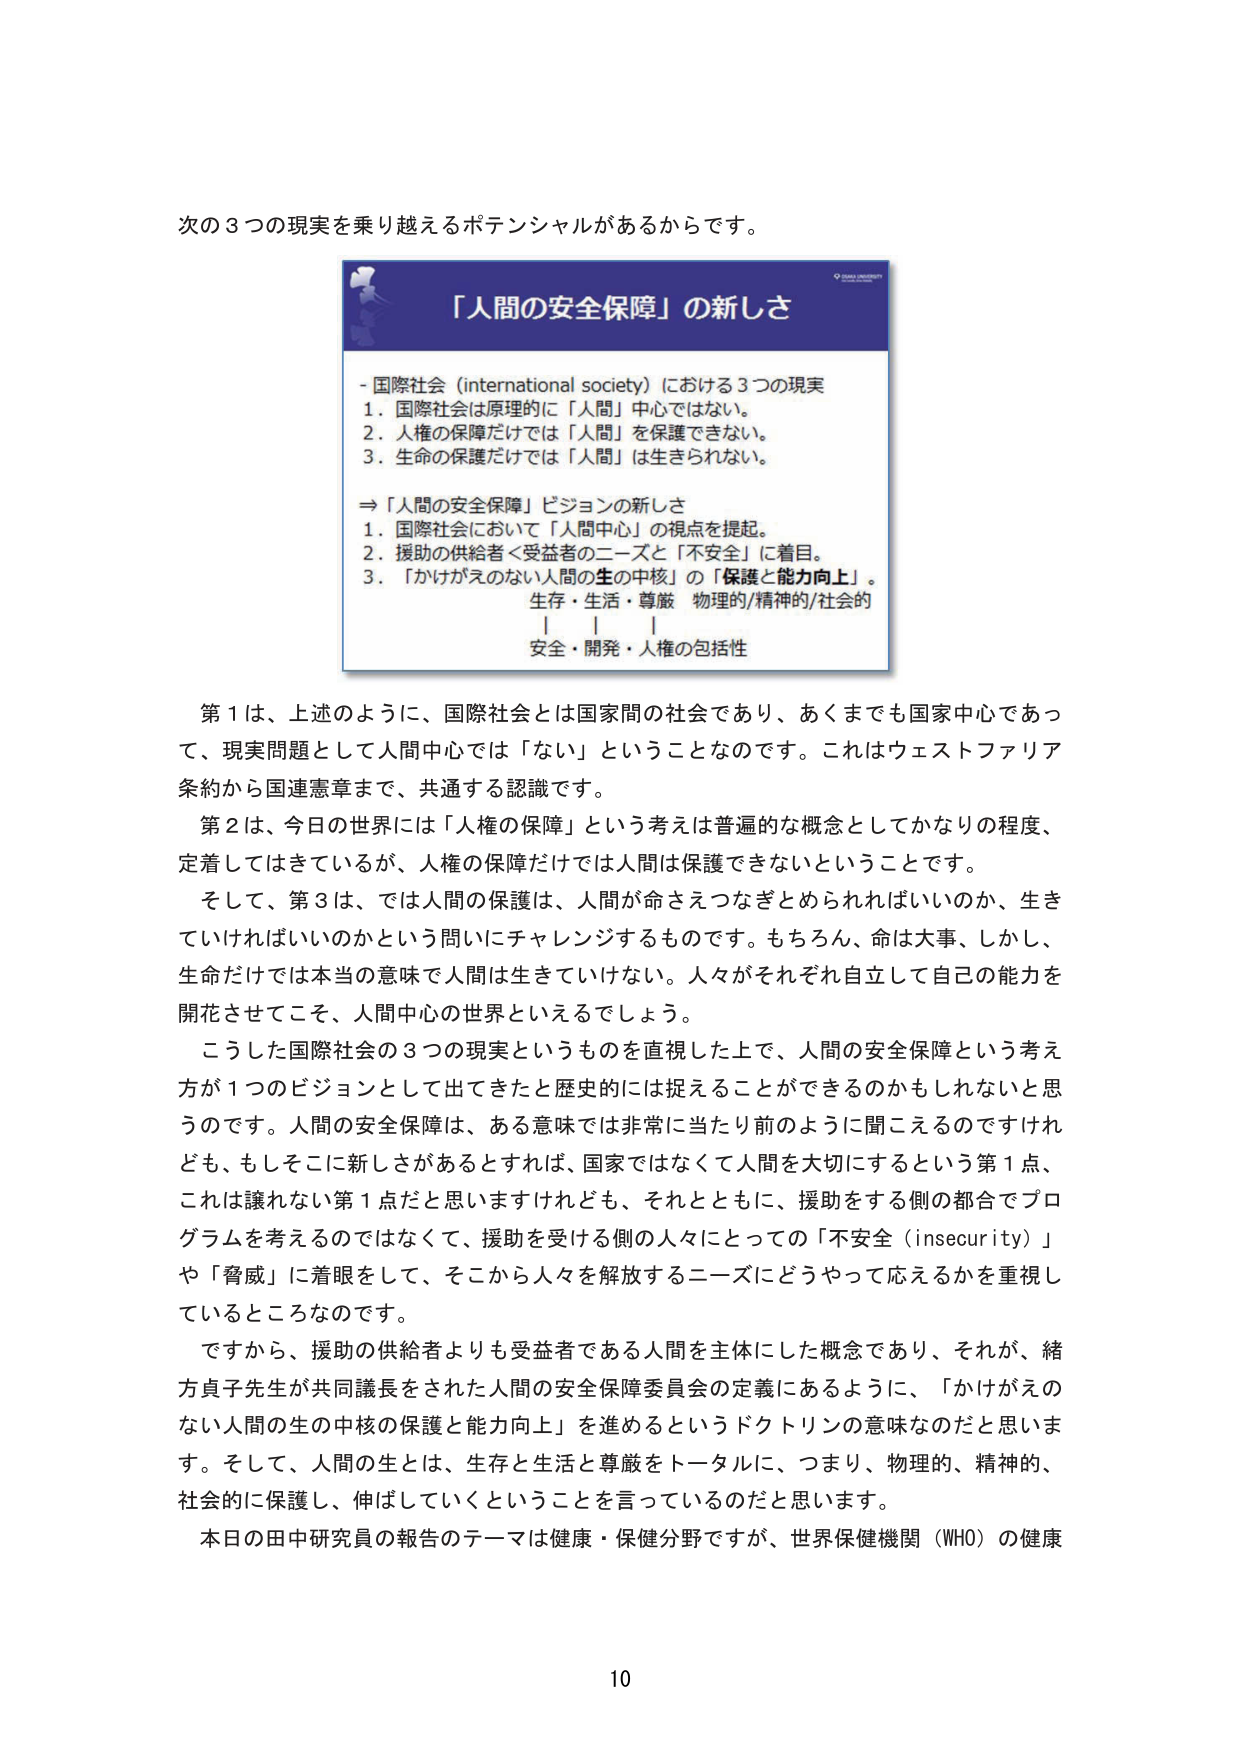
次の３つの現実を乗り越えるポテンシャルがあるからです。

「人間の安全保障」の新しさ

- 国際社会（international society）における３つの現実
  1. 国際社会は原理的に「人間」中心ではない。
  2. 人権の保障だけでは「人間」を保護できない。
  3. 生命の保護だけでは「人間」は生きられない。

⇒「人間の安全保障」ビジョンの新しさ
  1. 国際社会において「人間中心」の視点を提起。
  2. 援助の供給者＜受益者のニーズと「不安全」に着目。
  3. 「かけがえのない人間の生の中核」の「保護と能力向上」。
      生存・生活・尊厳　物理的/精神的/社会的
          |     |     |
      安全・開発・人権の包括性

第１は、上述のように、国際社会とは国家間の社会であり、あくまでも国家中心であって、現実問題として人間中心では「ない」ということなのです。これはウェストファリア条約から国連憲章まで、共通する認識です。

第２は、今日の世界には「人権の保障」という考えは普遍的な概念としてかなりの程度、定着してはきているが、人権の保障だけでは人間は保護できないということです。

そして、第３は、では人間の保護は、人間が命さえつなぎとめられればいいのか、生きていければいいのかという問いにチャレンジするものです。もちろん、命は大事、しかし、生命だけでは本当の意味で人間は生きていけない。人々がそれぞれ自立して自己の能力を開花させてこそ、人間中心の世界といえるでしょう。

こうした国際社会の３つの現実というものを直視した上で、人間の安全保障という考え方が１つのビジョンとして出てきたと歴史的には捉えることができるのかもしれないと思うのです。人間の安全保障は、ある意味では非常に当たり前のように聞こえるのですけれども、もしそこに新しさがあるとすれば、国家ではなくて人間を大切にするという第１点、これは譲れない第１点だと思いますけれども、それとともに、援助をする側の都合でプログラムを考えるのではなくて、援助を受ける側の人々にとっての「不安全（insecurity）」や「脅威」に着眼をして、そこから人々を解放するニーズにどうやって応えるかを重視しているところなのです。

ですから、援助の供給者よりも受益者である人間を主体にした概念であり、それが、緒方貞子先生が共同議長をされた人間の安全保障委員会の定義にあるように、「かけがえのない人間の生の中核の保護と能力向上」を進めるというドクトリンの意味なのだと思います。そして、人間の生とは、生存と生活と尊厳をトータルに、つまり、物理的、精神的、社会的に保護し、伸ばしていくということを言っているのだと思います。

本日の田中研究員の報告のテーマは健康・保健分野ですが、世界保健機関（WHO）の健康

10